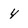
Character: 4